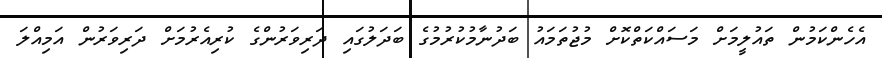
އެހެންކަމުން ތައުލީމަށް މަސައްކަތްކޮށް މުޖުތަމައު ބަދުނާމުކުރުމުގެ ބަދަލުގައި ދަރިވަރުންގެ ކުރިއެރުމަށް ދަރިވަރުން އަމިއްލަ